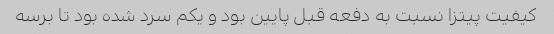
کیفیت پیتزا نسبت به دفعه قبل پایین بود و یکم سرد شده بود تا برسه